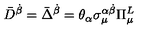
\bar { D } ^ { \dot { \beta } } = \bar { \Delta } ^ { \dot { \beta } } = \theta _ { \alpha } \sigma _ { \mu } ^ { \alpha \dot { \beta } } \Pi _ { \mu } ^ { L }